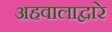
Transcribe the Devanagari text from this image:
अहवालाद्वारे